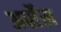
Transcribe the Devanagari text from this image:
अर्सेल